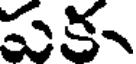
పక